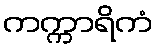
ကက္ကာရိကံ